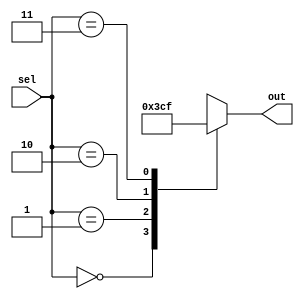
module generate_case_block (
    input [1:0] sel,
    output reg [3:0] out
);

always @*
begin
    case(sel)
        2'b00: out = 4'b0000; // if sel is 00, assign 0000 to out
        2'b01: out = 4'b0011; // if sel is 01, assign 0011 to out
        2'b10: out = 4'b1100; // if sel is 10, assign 1100 to out
        2'b11: out = 4'b1111; // if sel is 11, assign 1111 to out
        default: out = 4'bxxxx; // default case
    endcase
end

endmodule